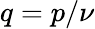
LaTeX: q=p/\nu